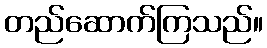
တည်ဆောက်ကြသည်။